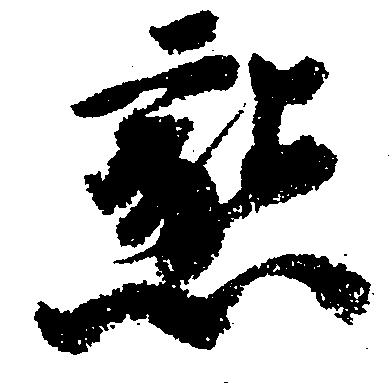
懇